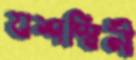
যশস্বিনী